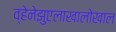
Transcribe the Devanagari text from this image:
व्हेनेझुएलाखालोखाल